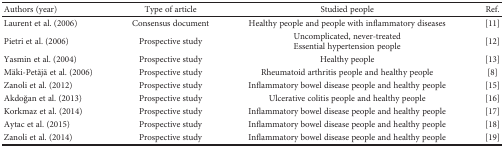
<table><thead><tr><td><b>Authors (year)</b></td><td><b>Type of article</b></td><td><b>Studied people</b></td><td><b>Ref.</b></td></tr></thead><tbody><tr><td>Laurent et al. (2006)</td><td>Consensus document</td><td>Healthy people and people with inflammatory diseases</td><td>[11]</td></tr><tr><td>Pietri et al. (2006)</td><td>Prospective study</td><td>Uncomplicated, never-treatedEssential hypertension people</td><td>[12]</td></tr><tr><td>Yasmin et al. (2004)</td><td>Prospective study</td><td>Healthy people</td><td>[13]</td></tr><tr><td>Mäki-Petäjä et al. (2006)</td><td>Prospective study</td><td>Rheumatoid arthritis people and healthy people</td><td>[8]</td></tr><tr><td>Zanoli et al. (2012)</td><td>Prospective study</td><td>Inflammatory bowel disease people and healthy people</td><td>[15]</td></tr><tr><td>Akdoğan et al. (2013)</td><td>Prospective study</td><td>Ulcerative colitis people and healthy people</td><td>[16]</td></tr><tr><td>Korkmaz et al. (2014)</td><td>Prospective study</td><td>Inflammatory bowel disease people and healthy people</td><td>[17]</td></tr><tr><td>Aytac et al. (2015)</td><td>Prospective study</td><td>Inflammatory bowel disease people and healthy people</td><td>[18]</td></tr><tr><td>Zanoli et al. (2014)</td><td>Prospective study</td><td>Inflammatory bowel disease people and healthy people</td><td>[19]</td></tr></tbody></table>